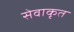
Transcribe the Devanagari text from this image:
सेवाकृत